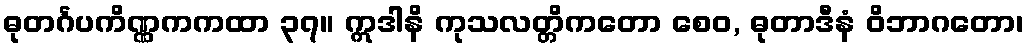
ဓုတင်္ဂပကိဏ္ဏကကထာ ၃၇။ ဣဒါနိ ကုသလတ္တိကတော စေဝ, ဓုတာဒီနံ ဝိဘာဂတော၊